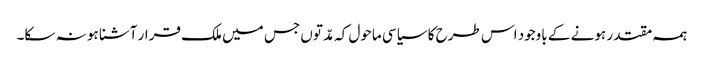
ہمہ مقتدر ہونے کے باوجود اس طرح کا سیاسی ماحول کہ مدّتوں جس میں ملک قرار آشنا ہو نہ سکا۔